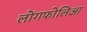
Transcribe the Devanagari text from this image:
लोंगफोलिआ